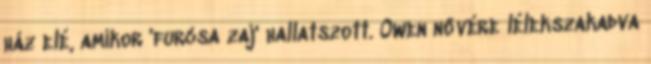
ház elé, amikor 'furcsa zaj' hallatszott. Owen nővére lélekszakadva